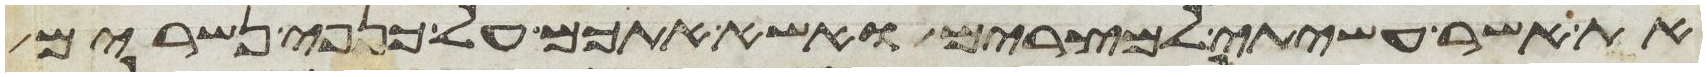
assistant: את אשר עשיתי למצרים ואשא אתכם על כנפי נשרים